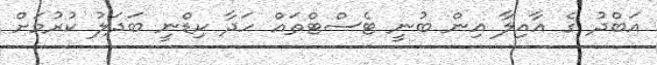
އަބްދު ގެ އާއިލާ އިން ބުނީ ޓެސްޓްތައް ހަދާ ކިޑްނީ ބަދަލު ކުރުމަށް